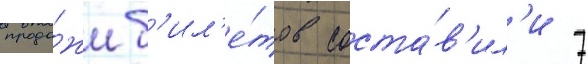
прода́жи б'ил'е́тов соста́в'ил'и 7